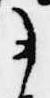
事